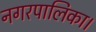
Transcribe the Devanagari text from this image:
नगरपालिका।